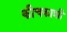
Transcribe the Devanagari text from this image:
कीचकाशी